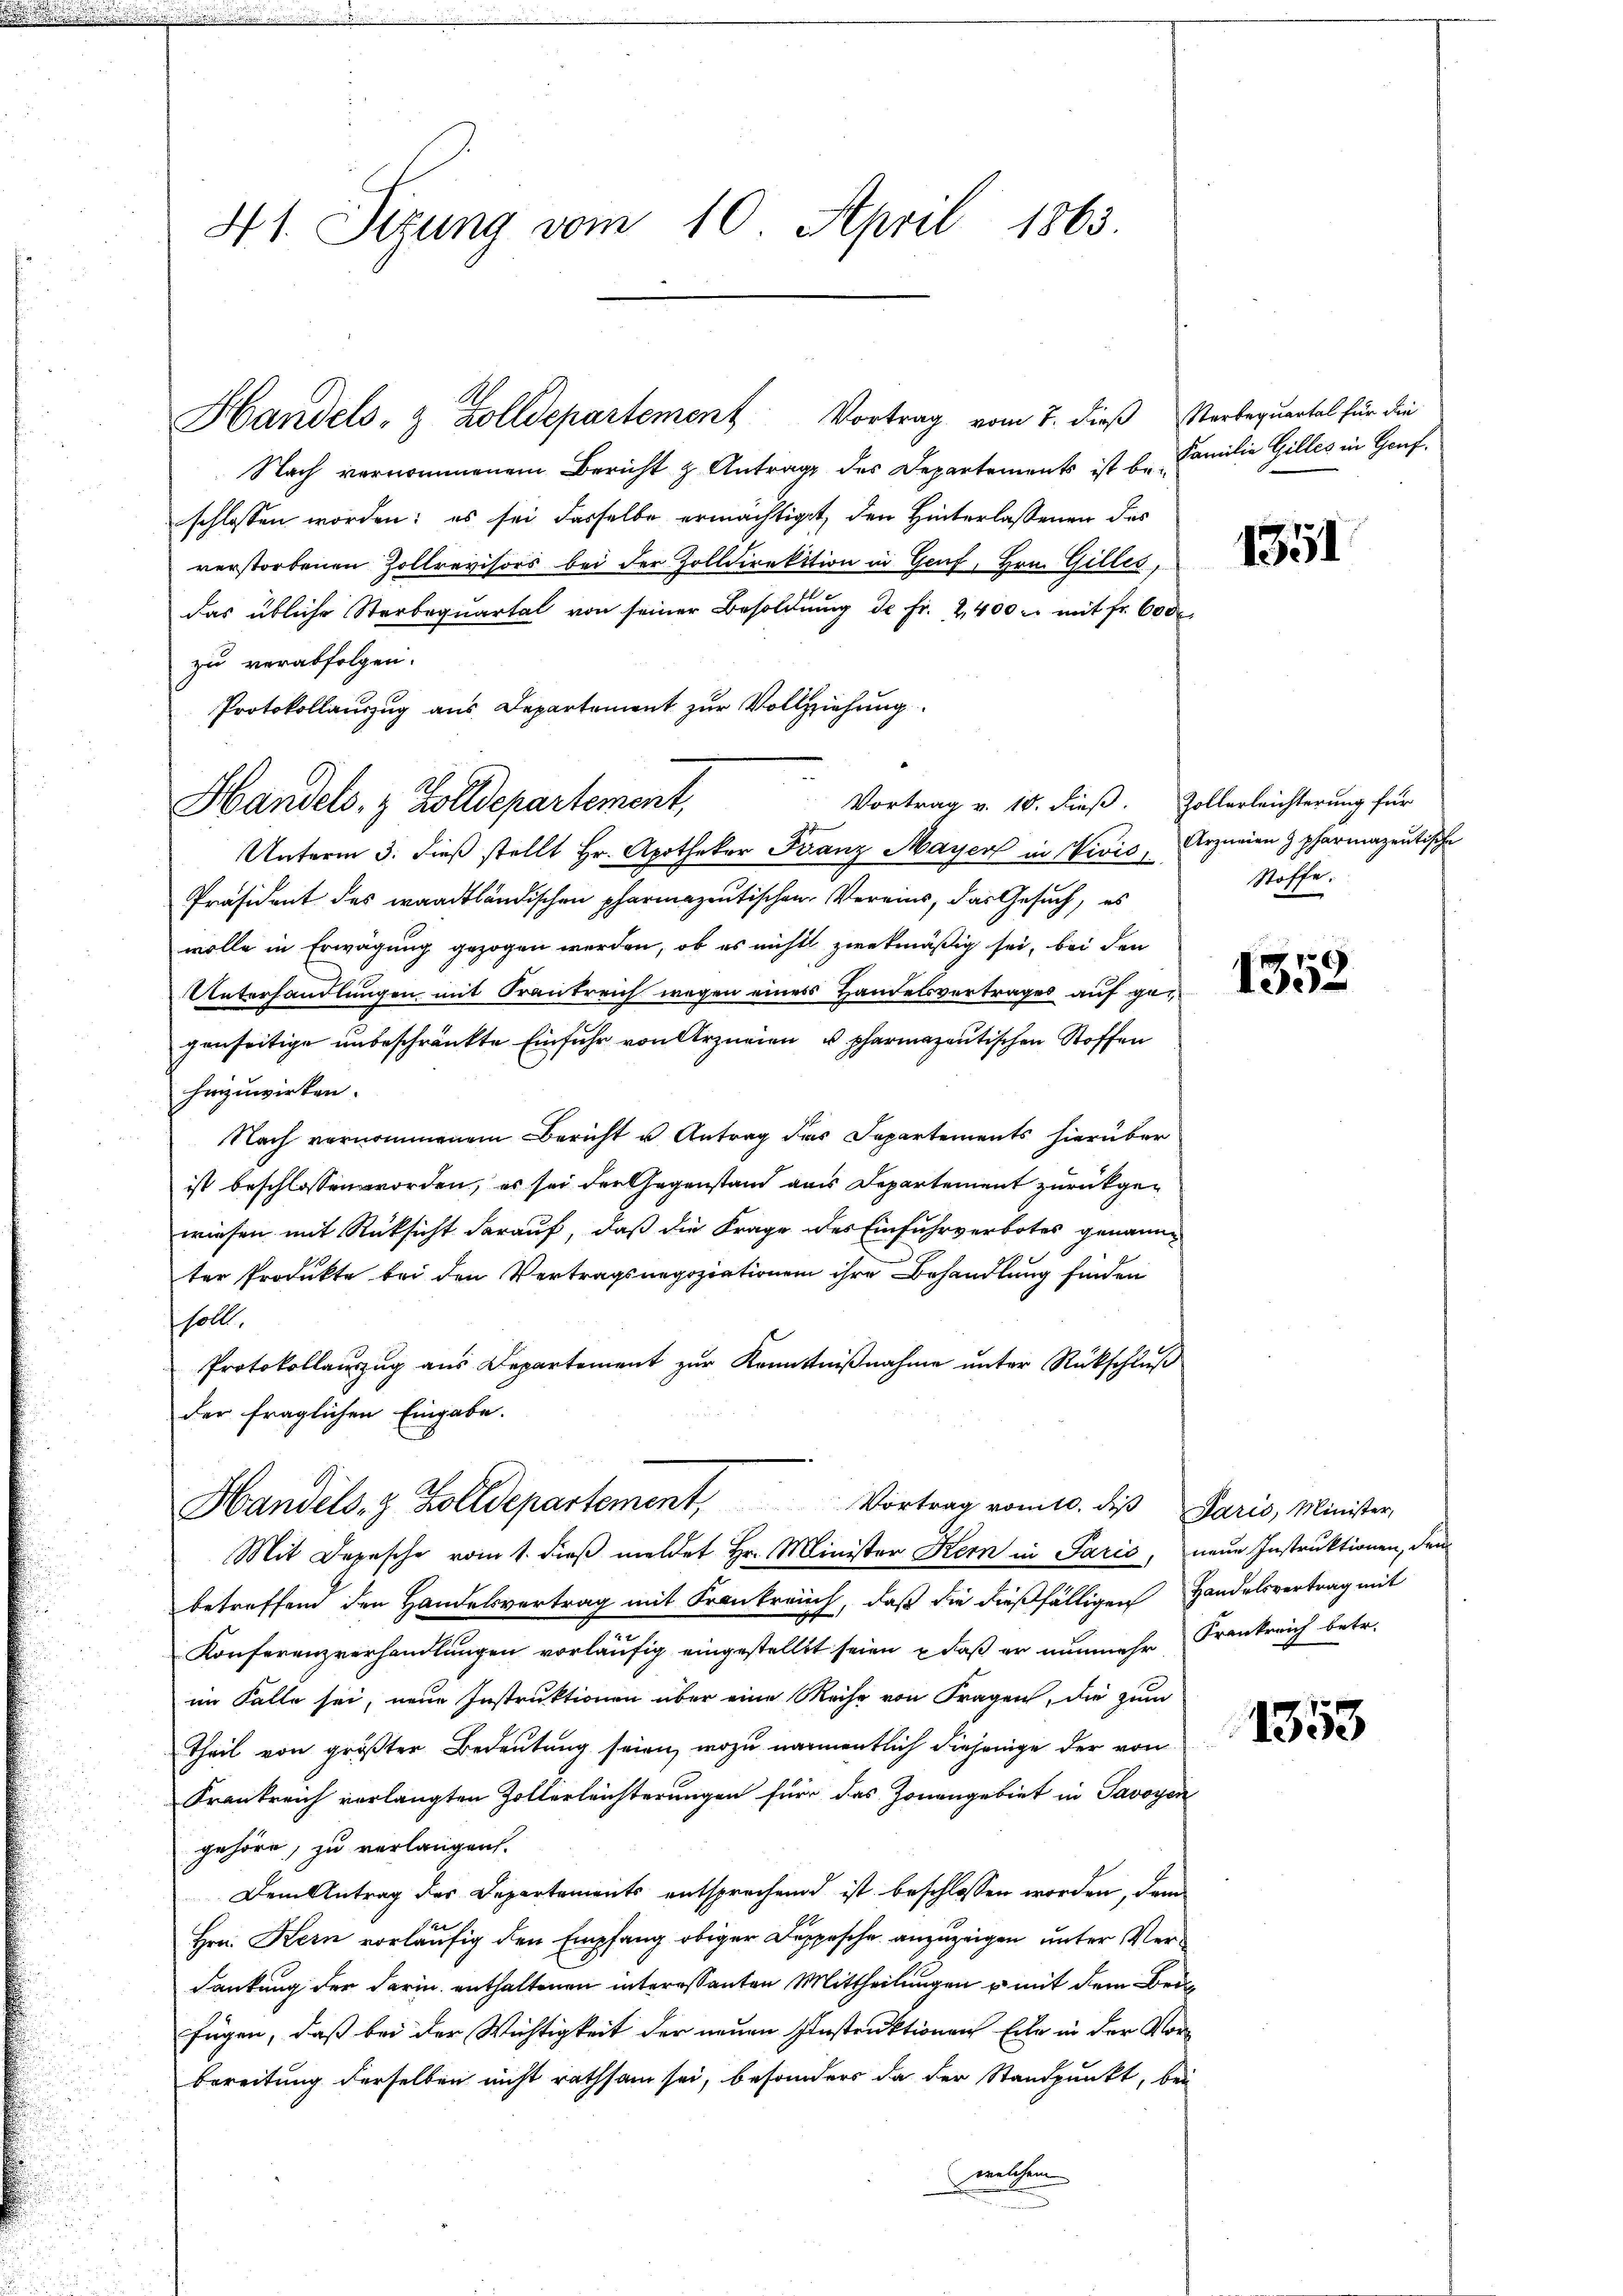
41. Sizung vom 10. April 1863.

Handels- & Zolldepartement Vortrag vom 7. dieß Verbequartal für die
Nach vernommenem Bericht z. Antrage des Departements ist u. Familie Gilles in Genf.
schlossen worden; es sei dasselbe ermächtiget, den Hinterlassenen das
verstorbenen Zollrevisors bei der Zolldirektion in Genf, Hrn. Gilles,
das übliche Sterbeqŭartal von seiner Besoldŭng de fr. 2400 u. mit fr. 600.
zu verabfolgen.
Protokollauszug aus Departement zur Vollziehung
Handels, & Zolldepartement,
Unterm 3. dieβ stellt Hr. Apotheker Franz Mayer in Vivis, Arzneien & pharmazentische
Präsident des waadtländischen pharmazeitischen Vereins, das Gesuch, es
wolle in Erwägung gezogen werden, ob es nichts zwekmäßig sei, bei den
Unterhandlungen mit Frantreich wegen eines Handelsvertrages auf gegenseitige unbeschränkte Einfuhr von Arzneien u. pharmazentischen Stoffen
hinzuwirken.
Nach vernommenem Bericht u Antrag das Departements hierüber
ist beschlossen worden, es sei der Gegenstand aus Departement zurückgewiesen mit Rücksicht darauf, daß die Frage des Einfuhrverbotes genannter Produkte bei den Vertragsnegoziationen ihre Behandlung finden
soll,
Protokollaŭszŭg aŭs Departement zŭr Kenntniβnahme ŭnter Rückschlŭβ
der fraglichen Eingabe.
Handels- & Zolldepartement, Vortrag vom 10. di Paris, Minister
Mit Depesche vom 1. dieβ meldet Hr. Minister Kern in Paris, neue Instruktionen, den
betreffend den Handelsvertrag mit Frankreich, daß die dießfälligen Handelsvertrag mit
Konferenzverhandlungen vorläufig eingestellt seien, daß er nunmehr Frankreich betr.
im Falle sei, neue Instruktionen über eine Reihe von Fragen, die zum
Theil von größter Bedeutung seien, wozu namentlich diejenige der von
Frankreich verlangten Zollerleichterungen für das Zonengebiet in Savoyen
gehöre, zu verlangen.
Dem Antrag des Departements entsprechend ist beschlossen worden, dann
Hrn. Kern vorläufig den Empfang obiger Doppesche anzuzeigen, unter Verdankung der darin enthaltenen interessanten Mittheilungen u mit dem Beifügen, daß bei der Wichtigkeit der neuen Instruktionen Eile in der Vorbereitung derselben nicht rathsam sei, besonders da der Standpunkt, bei
welchem

Vortrag v. 10. dieß. Zollerleichterung für

1351

Stoffe.

x
133

1353